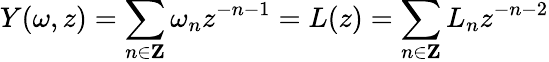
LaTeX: Y(\omega,z)=\sum_{n\in\mathbf{Z}}\omega_{n}{z^{-n-1}}=L(z)=\sum_{n\in\mathbf{Z}}L_{n}z^{-n-2}